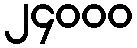
၂၄၀၀၀